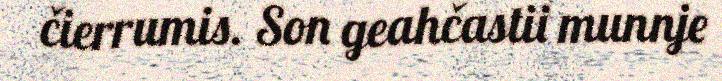
čierrumis. Son geahčastii munnje